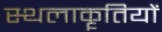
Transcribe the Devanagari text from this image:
स्थलाकॄतियों